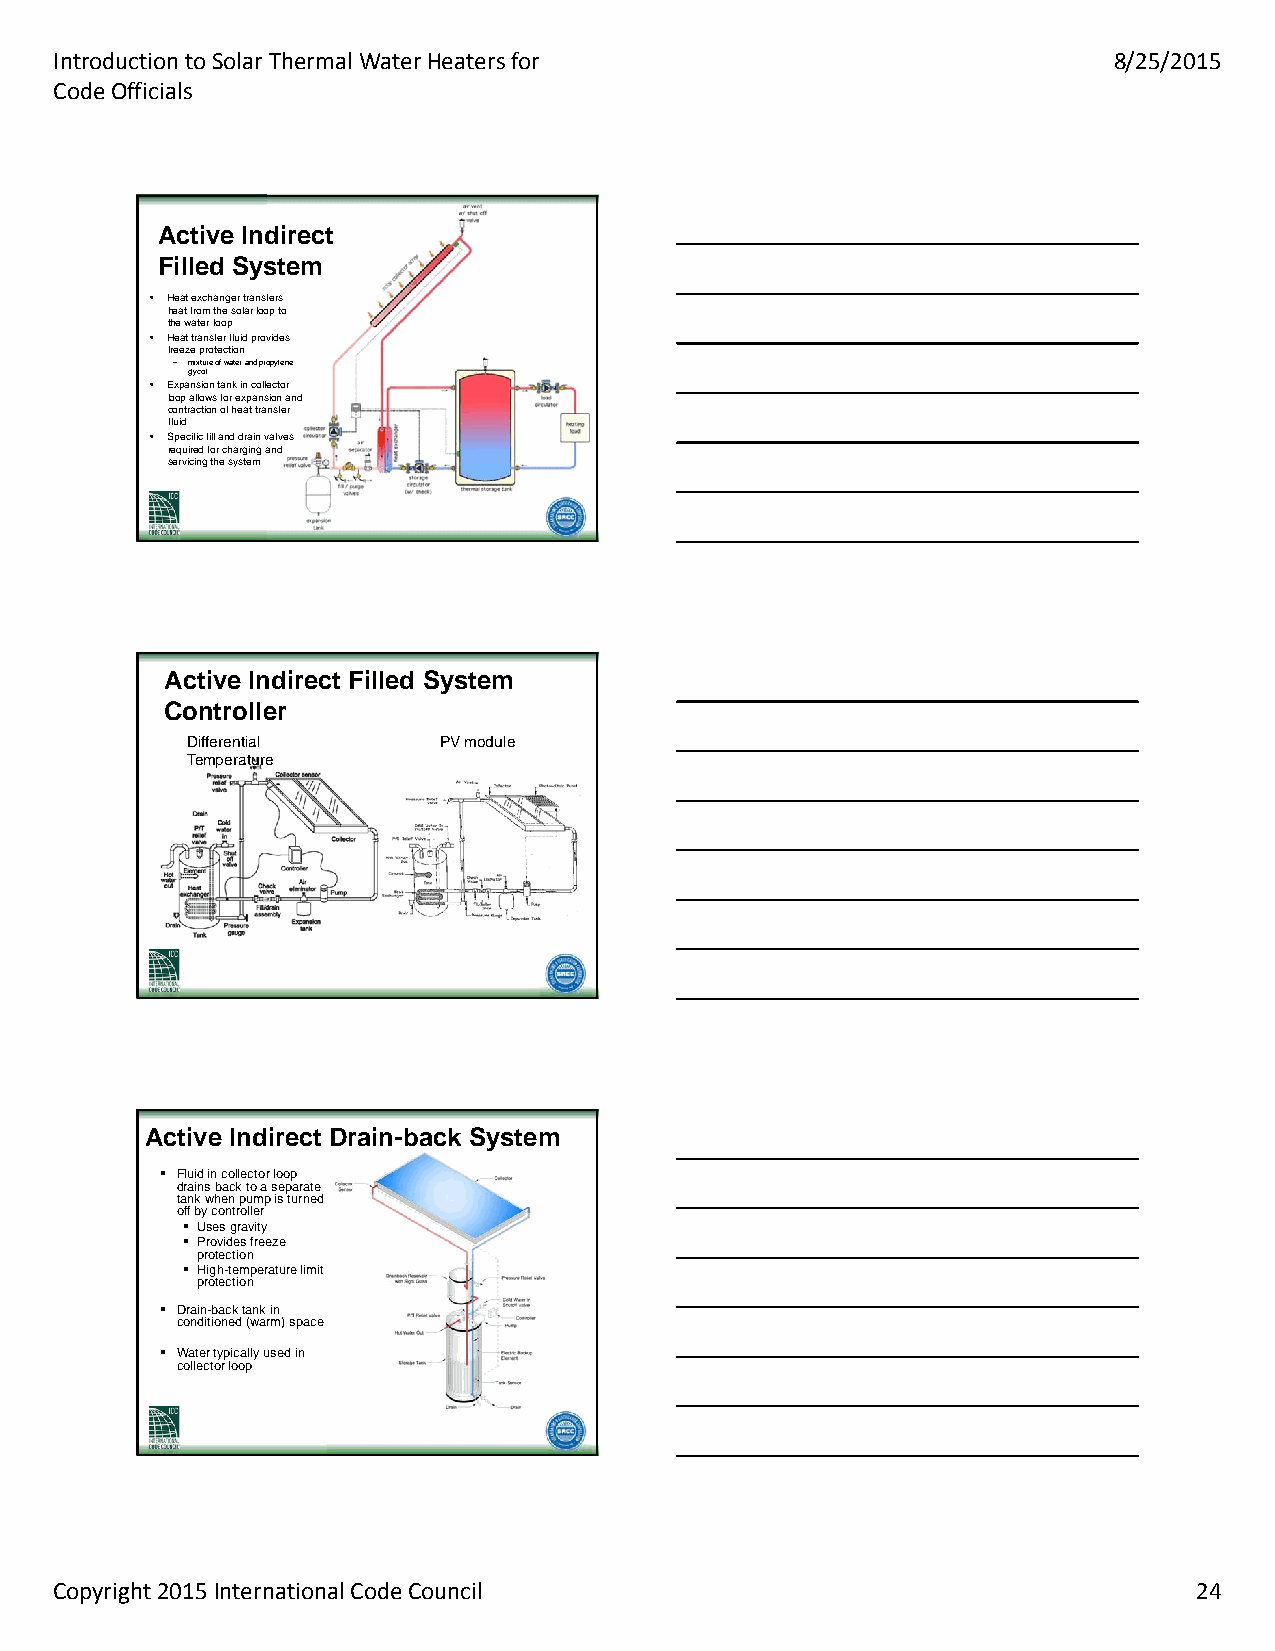
Introduction to Solar Thermal Water Heaters for                       8/25/2015
 Code Officials
 AAccttiivvee IInnddiirreecctt
 FFiilllleedd SSyysstteemm
 • Heat exchanger transfers
 heat from the solar loop to
 the water loop
 • Heat transfer fluid provides
 freeze protection
 – mixture of water and propylene
 glycol
 • Expansion tank in collector
 loop allows for expansion and
 contraction of heat transfer
 fluid
 • Specific fill and drain valves
 required for charging and
 servicing the system
 AAccttiivvee IInnddiirreecctt FFiilllleedd SSyysstteemm
 CCoonnttrroolllleerr
 Differential     PV module
 Temperature
 AAccttiivvee IInnddiirreecctt DDrraaiinn--bbaacckk SSyysstteemm
  Fluid in collector loop
 drains back to a separate
 tank when pump is turned
 off by controller
  Uses gravity
  Provides freeze
 protection
  High-temperature limit
 protection
  Drain-back tank in
 conditioned (warm) space
  Water typically used in
 collector loop
 Copyright 2015 International Code Council                                  24